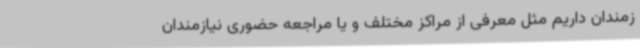
زمندان داریم مثل معرفی از مراکز مختلف و یا مراجعه حضوری نیازمندان